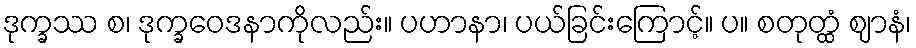
ဒုက္ခဿ စ၊ ဒုက္ခဝေဒနာကိုလည်း။ ပဟာနာ၊ ပယ်ခြင်းကြောင့်။ ပ။ စတုတ္ထံ ဈာနံ၊